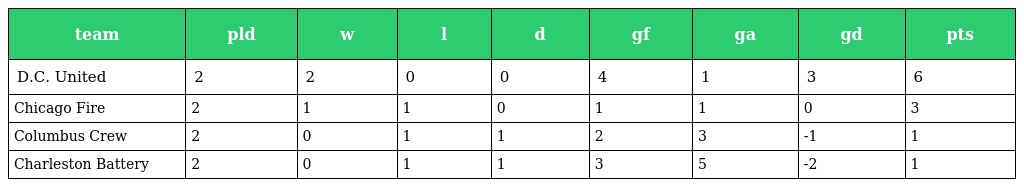
| team | pld | w | l | d | gf | ga | gd | pts |
 | --- | --- | --- | --- | --- | --- | --- | --- | --- |
 | D.C. United | 2 | 2 | 0 | 0 | 4 | 1 | 3 | 6 |
 | Chicago Fire | 2 | 1 | 1 | 0 | 1 | 1 | 0 | 3 |
 | Columbus Crew | 2 | 0 | 1 | 1 | 2 | 3 | -1 | 1 |
 | Charleston Battery | 2 | 0 | 1 | 1 | 3 | 5 | -2 | 1 |